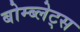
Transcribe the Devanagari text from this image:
बोम्ब्लेट्स